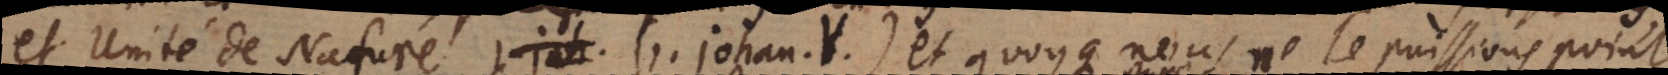
et Unité de Nature (1. Johan. V) et quoyque nous ne le puissions point